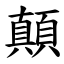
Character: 顛